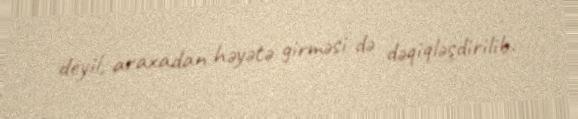
deyil, araxadan həyətə girməsi də dəqiqləşdirilib.